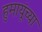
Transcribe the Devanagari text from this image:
हुमायूंच्या